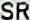
SR